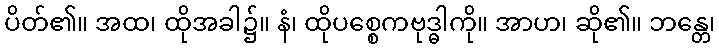
ပိတ်၏။ အထ၊ ထိုအခါ၌။ နံ၊ ထိုပစ္စေကဗုဒ္ဓါကို။ အာဟ၊ ဆို၏။ ဘန္တေ၊